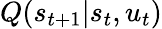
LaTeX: Q(s_{t+1}|s_{t},u_{t})